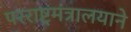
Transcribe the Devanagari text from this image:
परराष्ट्रमंत्रालयाने